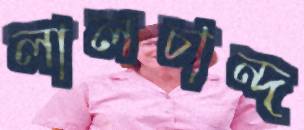
লালচান্দ